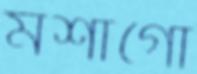
মশাগো